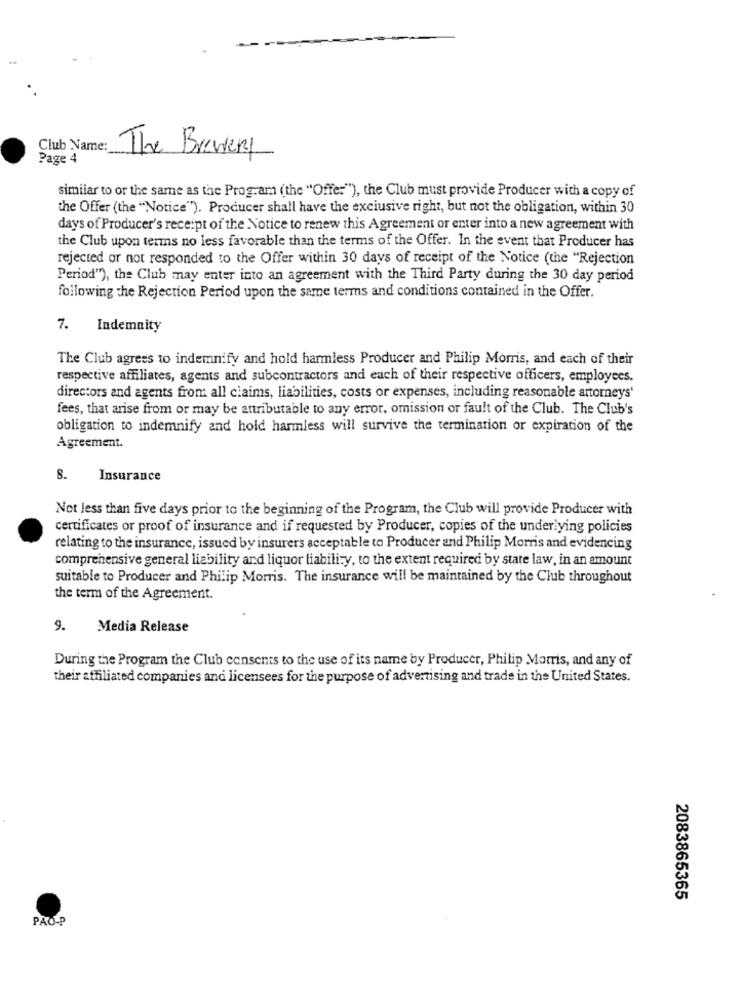
Club Name:
Page 4
The Brewery
similar to or the same as the Program (the "Offer"), the Club must provide Producer with a copy of
the Offer (the "Notice"). Producer shall have the exclusive right, but not the obligation, within 30
days of Producer's receipt of the Notice to renew this Agreement or enter into a new agreement with
the Club upon terms no less favorable than the terms of the Offer. In the event that Producer has
rejected or not responded to the Offer within 30 days of receipt of the Notice (the "Rejection
Period"), the Club may enter into an agreement with the Third Party during the 30 day period
following the Rejection Period upon the same terms and conditions contained in the Offer.
7.
Indemnity
The Club agrees to indemnify and hold harmless Producer and Philip Morris, and each of their
respective affiliates, agents and subcontractors and each of their respective officers, employees.
directors and agents from all claims, liabilities, costs or expenses, including reasonable attorneys'
fees, that arise from or may be attributable to any error, omission or fault of the Club. The Club's
obligation to indemnify and hold harmless will survive the termination or expiration of the
Agreement.
8. Insurance
Not less than five days prior to the beginning of the Program, the Club will provide Producer with
certificates or proof of insurance and if requested by Producer, copies of the underlying policies
relating to the insurance, issued by insurers acceptable to Producer and Philip Morris and evidencing
comprehensive general liability and liquor liability, to the extent required by state law, in an amount
suitable to Producer and Philip Morris. The insurance will be maintained by the Club throughout
the term of the Agreement.
9.
Media Release
During the Program the Club consents to the use of its name by Producer, Philip Morris, and any of
their affiliated companies and licensees for the purpose of advertising and trade in the United States.
2083865365
PAO-P